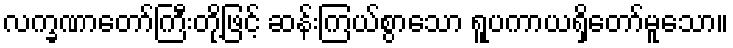
လက္ခဏာတော်ကြီးတို့ဖြင့် ဆန်းကြယ်စွာသော ရူပကာယရှိတော်မူသော။